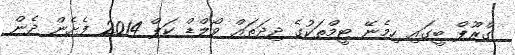
ގްރޫޕް ބީގައި ހިމެނޭ ޓީމްތަކުގެ ދިދަތައް ވޯލްޑް ކަޕް 2014 ފެށެން ދެން